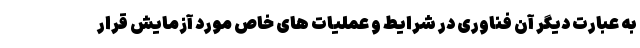
به عبارت دیگر آن فناوری در شرایط و عملیات های خاص مورد آزمایش قرار